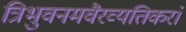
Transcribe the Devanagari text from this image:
त्रिभुवनमवैरव्यतिकरं।